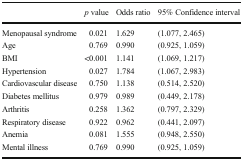
<table><thead><tr><td></td><td><b><i>p</i> value</b></td><td><b>Odds ratio</b></td><td><b>95% Confidence interval</b></td></tr></thead><tbody><tr><td>Menopausal syndrome</td><td>0.021</td><td>1.629</td><td>(1.077, 2.465)</td></tr><tr><td>Age</td><td>0.769</td><td>0.990</td><td>(0.925, 1.059)</td></tr><tr><td>BMI</td><td>&lt;0.001</td><td>1.141</td><td>(1.069, 1.217)</td></tr><tr><td>Hypertension</td><td>0.027</td><td>1.784</td><td>(1.067, 2.983)</td></tr><tr><td>Cardiovascular disease</td><td>0.750</td><td>1.138</td><td>(0.514, 2.520)</td></tr><tr><td>Diabetes mellitus</td><td>0.979</td><td>0.989</td><td>(0.449, 2.178)</td></tr><tr><td>Arthritis</td><td>0.258</td><td>1.362</td><td>(0.797, 2.329)</td></tr><tr><td>Respiratory disease</td><td>0.922</td><td>0.962</td><td>(0.441, 2.097)</td></tr><tr><td>Anemia</td><td>0.081</td><td>1.555</td><td>(0.948, 2.550)</td></tr><tr><td>Mental illness</td><td>0.769</td><td>0.990</td><td>(0.925, 1.059)</td></tr></tbody></table>